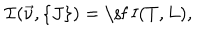
LaTeX: { \cal I } ( \vec { \nu } , \{ J \} ) = \mathrm { \sf ~ I } ( T , L ) ,